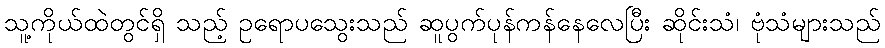
သူ့ကိုယ်ထဲတွင်ရှိ သည့် ဥရောပသွေးသည် ဆူပွက်ပုန်ကန်နေလေပြီး ဆိုင်းသံ၊ ဗုံသံများသည်